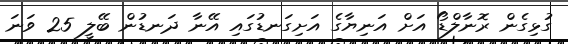
ގުޅިގެން ރޮނާލްޑޯ އަށް އަނިޔާގެ އަށިގަނޑުގައި އޭނާ ދަނޑުން ބޭލީ 25 ވަނަ